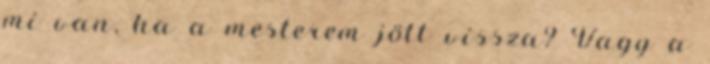
mi van, ha a mesterem jött vissza? Vagy a